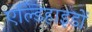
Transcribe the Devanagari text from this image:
एल्डिहाइडों